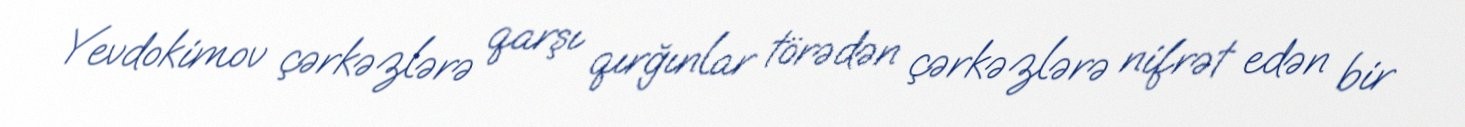
Yevdokimov çərkəzlərə qarşı qırğınlar törədən çərkəzlərə nifrət edən bir